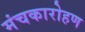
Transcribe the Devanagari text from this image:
मंचकारोहण